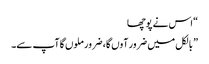
“ اس نے پوچھا
” بالکل میں ضرور آوں گا، ضرور ملوں گا آپ سے۔